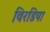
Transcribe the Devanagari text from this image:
विरडिया